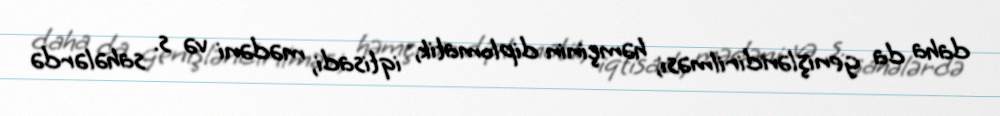
daha da genişləndirilməsi, həmçinin diplomatik, iqtisadi, mədəni və s. sahələrdə